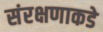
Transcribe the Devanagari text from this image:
संरक्षणाकडे